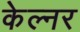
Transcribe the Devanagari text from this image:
केल्नर